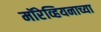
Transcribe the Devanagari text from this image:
मॉरेव्हियनाच्या